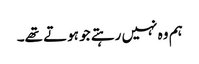
ہم وہ نہیں رہتے جو ہوتے تھے۔